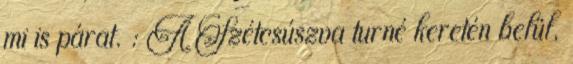
mi is párat. : A Szétcsúszva turné keretén belül,